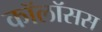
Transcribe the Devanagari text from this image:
कॉलॉसस